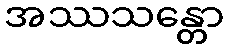
အဿသန္တော